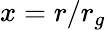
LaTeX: x={r}/{r_{g}}